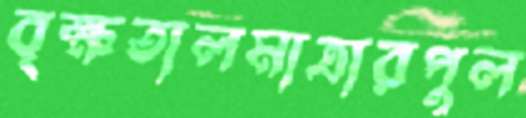
বৃক্ষতালমাত্রারপুল